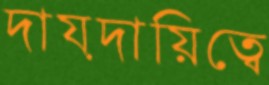
দায়দায়িত্বে